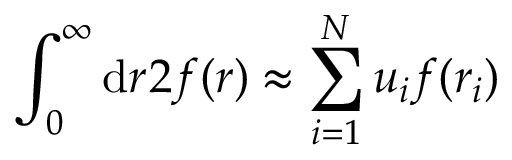
\int _ { 0 } ^ { \infty } \mathrm { d } r \r ^ { 2 } f ( r ) \approx \sum _ { i = 1 } ^ { N } u _ { i } f ( r _ { i } )